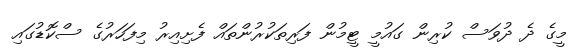
މީގެ ދެ ދުވަސް ކުރިން ގައުމީ ޓީމުން ފަރިތަކުރުންތައް ފެށިއިރު މިފަހަރުގެ ސްކޮޑުގައި